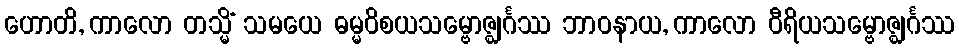
ဟောတိ, ကာလော တသ္မိံ သမယေ ဓမ္မဝိစယသမ္ဗောဇ္ဈင်္ဂဿ ဘာဝနာယ, ကာလော ဝီရိယသမ္ဗောဇ္ဈင်္ဂဿ